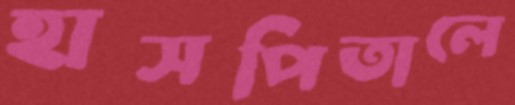
হাসপিতালে